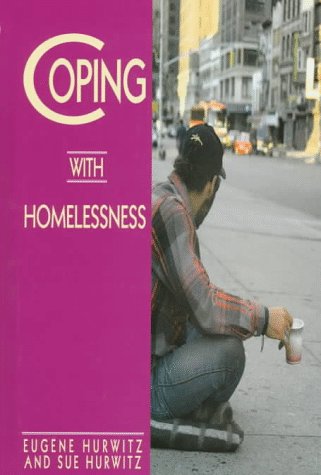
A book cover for Coping With Homelessness; Eugene Hurwitz; Teen & Young Adult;